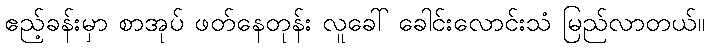
ဧည့်ခန်းမှာ စာအုပ် ဖတ်နေတုန်း လူခေါ် ခေါင်းလောင်းသံ မြည်လာတယ်။